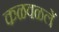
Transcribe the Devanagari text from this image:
कळवळलें